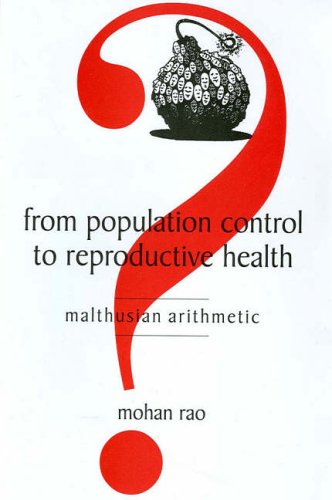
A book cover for From Population Control To Reproductive Health: Malthusian Arithmetic; Mohan Rao; Medical Books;